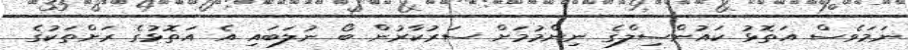
ނަމަވެސް އަތޮޅު ކައުންސިލްގެ ނިންމުމަށް ސަރުކާރުން ބޯ ނުލަބައި އެ އަތޮޅުގެ ރަށްތަކުގެ